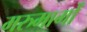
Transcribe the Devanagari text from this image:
मरुमार्गों